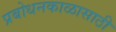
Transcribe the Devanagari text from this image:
प्रबोधनकाळासाठी